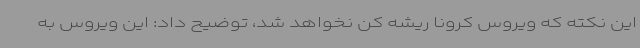
این نکته که ویروس کرونا ریشه کن نخواهد شد، توضیح داد: این ویروس به